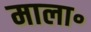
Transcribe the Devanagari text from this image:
माला॰